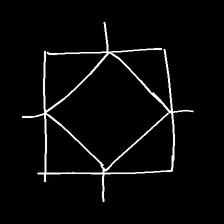
Glyph: light